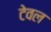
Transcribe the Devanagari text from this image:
टेवल